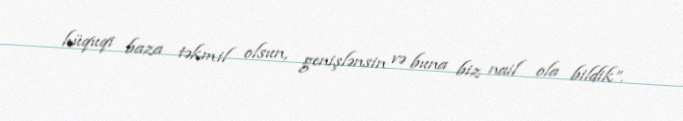
hüquqi baza təkmil olsun, genişlənsin və buna biz nail ola bildik”.